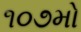
૧૦૭મો